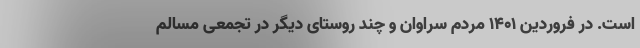
است. در فروردین ۱۴۰۱ مردم سراوان و چند روستای دیگر در تجمعی مسالم